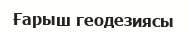
Ғарыш геодезиясы